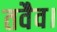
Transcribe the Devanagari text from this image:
तवैव।